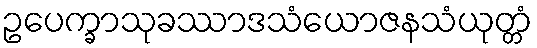
ဥပေက္ခာသုခဿာဒသံယောဇနသံယုတ္တံ